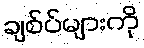
ချစ်ပ်များကို